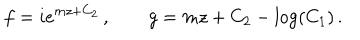
LaTeX: f = i e ^ { m z + C _ { 2 } } \, , \qquad g = m z + C _ { 2 } - \log ( C _ { 1 } ) \, .